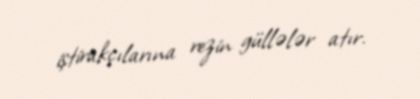
iştirakçılarına rezin güllələr atır.